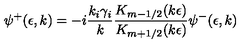
\psi ^ { + } ( \epsilon , k ) = - i \frac { k _ { i } \gamma _ { i } } { k } \frac { K _ { m - 1 / 2 } ( k \epsilon ) } { K _ { m + 1 / 2 } ( k \epsilon ) } \psi ^ { - } ( \epsilon , k )